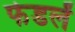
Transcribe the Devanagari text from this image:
फेडलें